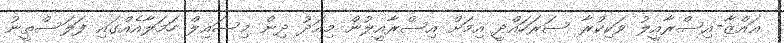
ޣައްޒާ-އިސްރާއީލު ވަކިކުރާ ސަރަހައްދީ އިމަށް އިސްރާއީލުން މިއަދު ދިން މިސައިލް ހަމަލާއެއްގައި ފަލަސްތީނު